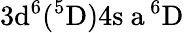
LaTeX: \mathrm{3d^{6}(^{5}D)4s\ a\, ^{6}D}